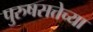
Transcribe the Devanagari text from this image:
पुरुषसत्तेच्या